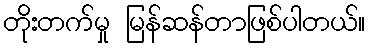
တိုးတက်မှု မြန်ဆန်တာဖြစ်ပါတယ်။